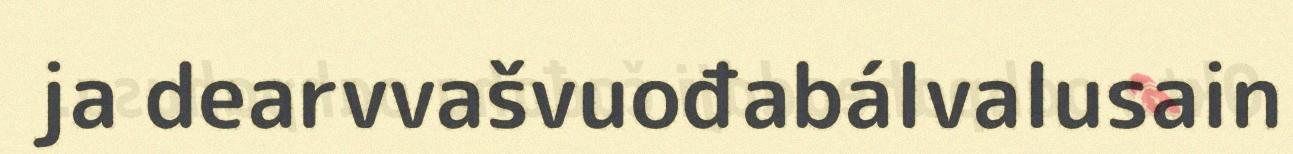
ja dearvvašvuođabálvalusain